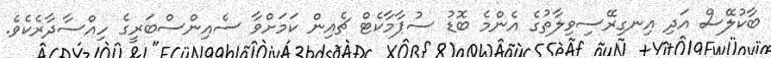
ބާކުލޭސް އަދި އިނގިރޭސިވިލާތުގެ އެންމެ ބޮޑު ސުޕާމާކެޓް ޗެއިން ކަމަށްވާ ސެއިންސްބަރީގެ ހިއްސާދާރެކެވެ.